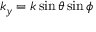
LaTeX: k _ { y } = k \sin \theta \sin \phi \,